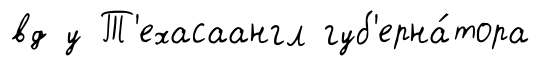
вд у Т'ехасаангл губ'ерна́тора